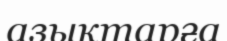
азықтарға